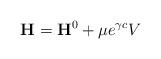
LaTeX: \begin{align*}{\bf H}={\bf H}^0+\mu e^{\gamma c}V \end{align*}